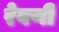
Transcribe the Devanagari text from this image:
रेवणी